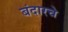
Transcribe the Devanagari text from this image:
बंदारचे